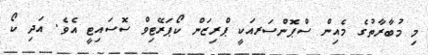
މި މުބާރާތުގެ މެއިން ސްޕޮންސަރއަކީ ޕްރިޒަން ކޯޕަރޭޓިވް ސޮސައިޓީ އެވެ. އަދި ކޯ